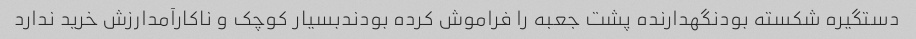
دستگیره شکسته بودنگهدارنده پشت جعبه را فراموش کرده بودندبسیار کوچک و ناکارآمدارزش خرید ندارد